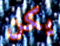
يكن